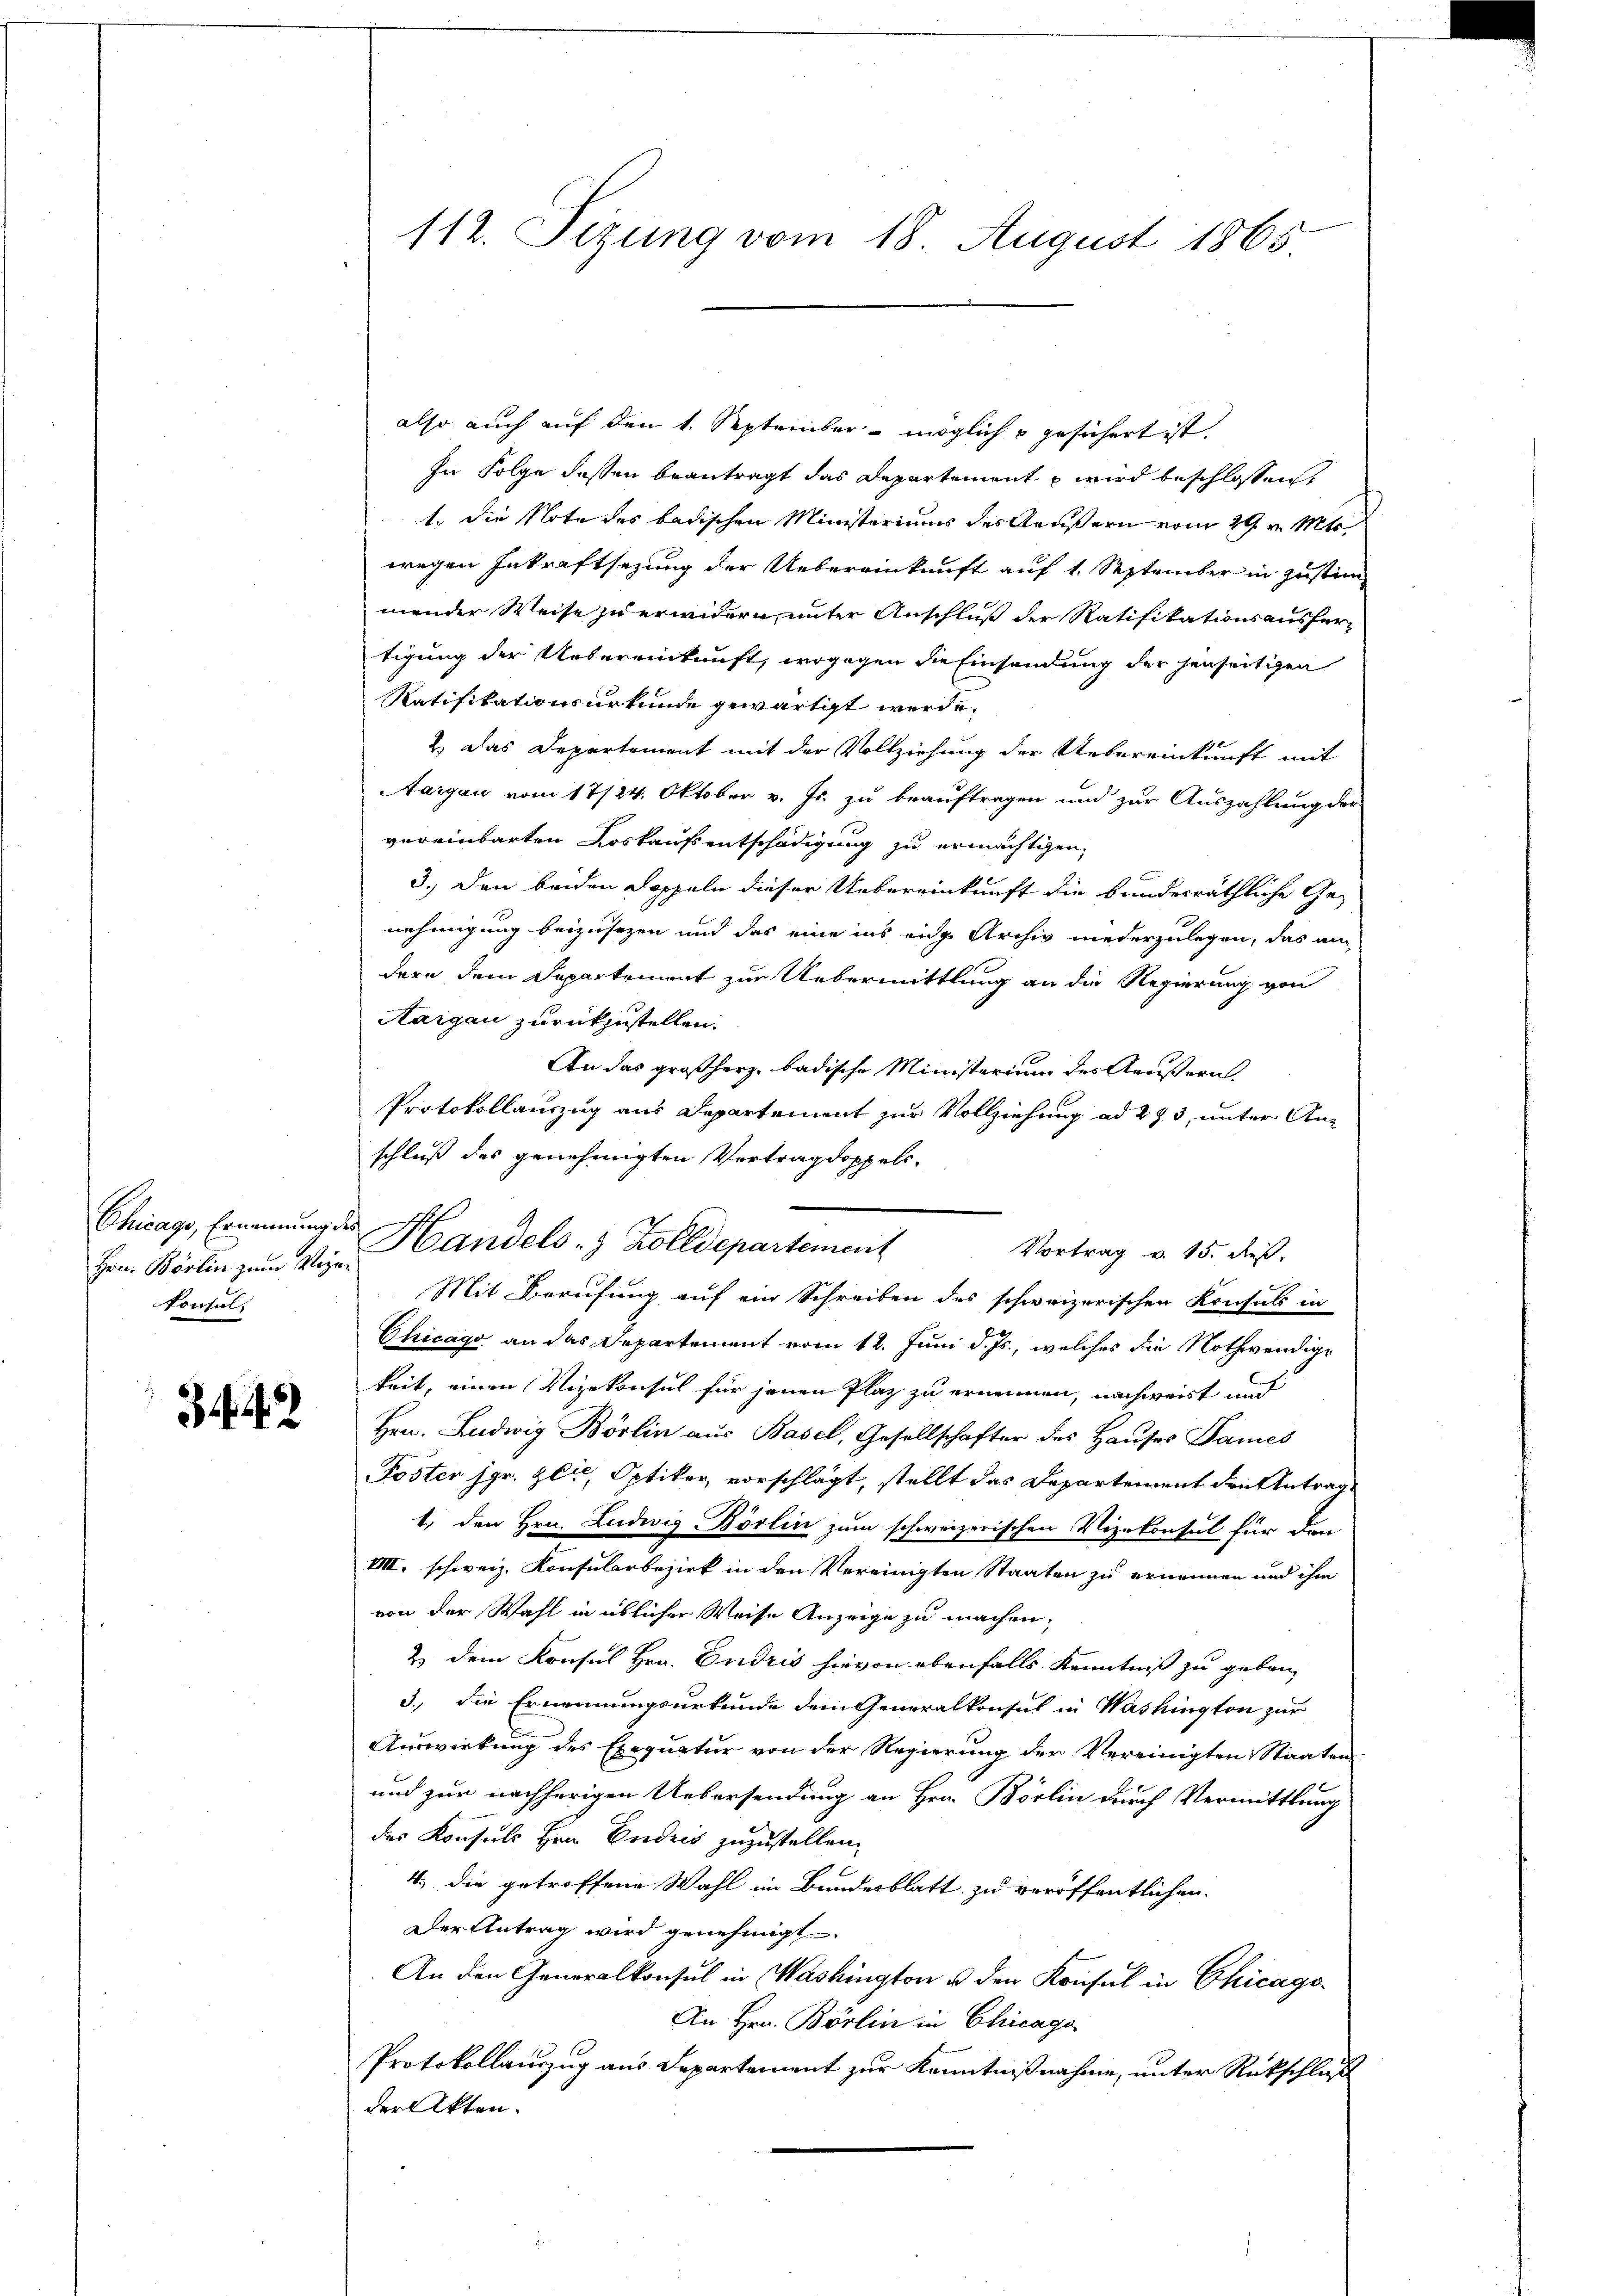
Hrn. Börlin zum Wegen
Konsul,

112. Sizung vom 18. August 1865

Chicago, Ernennung der Handels- & Zolldepartement

also auch auf den 1. September möglich gesichert ist,
In Folge dessen beantragt das Departement u wird beschlossen,
t, die Note des badischen Ministeriums des Aeußern vom 29 t Mar
wegen Inkraftsezung der Uebereinkunft auf 1. September in Zustim
mender Weise zu erwidern, unter Anschluß der Ratifikationsausfertigung der Uebereinkunft, wogegen die Einsendung der jenseitigen
Ratifikationsurkunde gewärtigt werde.
2.) Das Departement mit der Vollziehung der Uebereinkunft mit
Aargau vom 17/24. Oktober v. Js. zu beauftragen und zur Auszahlung der
vereinbarten Loskaufsentschädigung zu ermächtigen.
3.) Den beiden Doppeln dieser Uebereinkunft die bundesräthliche Genehmigung beizusezen und das eine ins eine Archiv niederzulegen, das an
dern dem Departement zur Uebermittlung an die Regierung von
Aargau zurückzustellen.
An das großherz badische Ministerium des Aeußern.
Protokollauszug aus Departement zur Vollziehung ad 273, unter Anschluß des genehmigten Vertrag doppels-
Vortrag v. 15. dieß.
Mit Berufung auf ein Schreiben des schweizerischen Konsuls in
Chicago an das Departement vom 12. Juni d. Js., welches die Nothwendige
keit, einen Vizekonsul für jenen Plaz zu erinnen, nachweist und
 Hrn. Ludwig Börlin aus Basel, Gesellschafter des Hauses James
Poster Hr. Zeit, Optiker, vorschlägt, stellt das Departement den Antrag
1. den Hrn. Ludwig Börlin zum schweizerischen Vizekonsul für den
VIII. schweiz. Konsularbezirk in den Vereinigten Staaten zu ernennen und ihm
von der Wahl in üblicher Weise Anzeige zu machen,
2. Dein Konsul Hrn. Endris hievon ebenfalls Kenntniß zu geben,
3., die Ernennungsurkunde dem Generalkonsul in Washington zur
Auswirkung des Exequatur von der Regierung der Vereinigten Staaten
und zur nachherigen Uebersendung an Hrn. Börlin durch Vermittlung
des Konsuls Hrn. Endeis zuzustellen.
4.) Die getroffene Wahl im Bundesblatt zu veröffentlichen
Der Antrag wird genehmigt.
An den Generalkonsul in Washington u den Konsul in Chicago
An Hrn. Börlin in Chicaga
Protokollauszug aus Departement zur Kenntnißnahme, unter Rückschluß
der Akten.